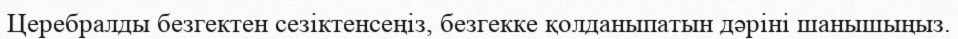
Церебралды безгектен сезіктенсеңіз, безгекке қолданыпатын дәріні шанышыңыз.